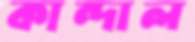
কান্দাল